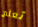
تعلم